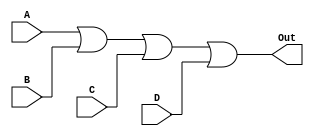
module or_gate (
    input A,
    input B,
    input C,
    input D,
    output Out
);

assign Out = A | B | C | D;

endmodule